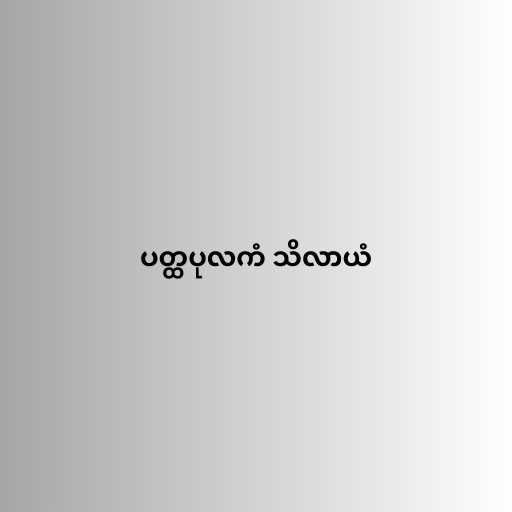
ပတ္ထပုလကံ သိလာယံ